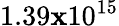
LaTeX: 1.39\mathbf{x}10^{15}